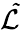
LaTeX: \cal\tilde{L}